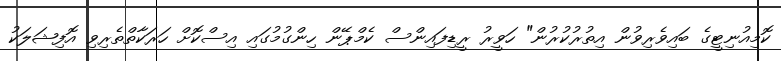
ކޮމިއުނިޓީގެ ބައިވެރިވުން އިތުރުކުރުން" ހަވީރު ރީޑިފައިންސް ކެމްޕޭން ހިންގުމުގައި އިސްކޮށް ހަރަކާތްތެރިވި އޮފިޝަލަކު